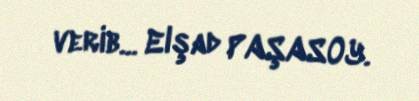
verib... Elşad PAŞASOY.